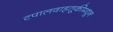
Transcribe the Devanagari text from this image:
टपालवाहतूकीमधून